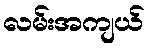
လမ်းအကျယ်